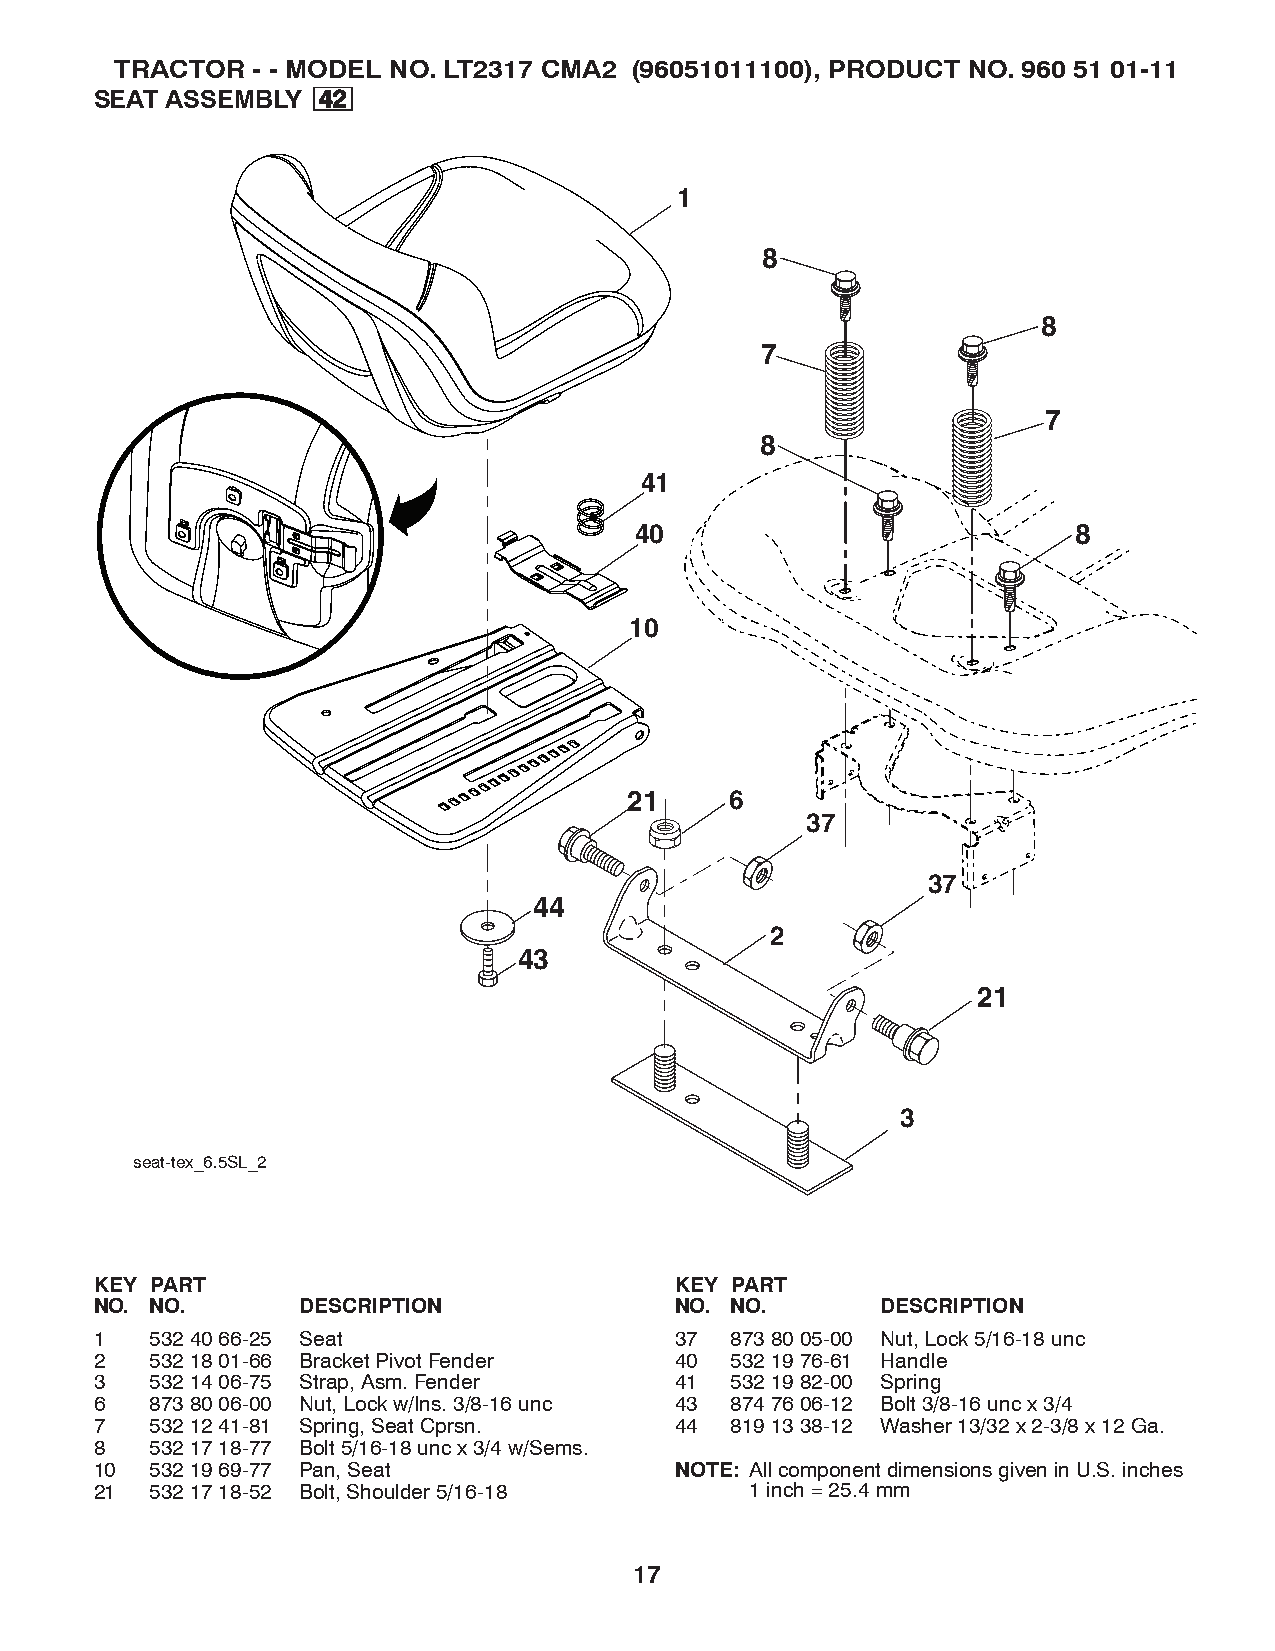
TRACTOR  - - MODEL NO. LT2317 CMA2 (96051011100), PRODUCT NO. 960 51 01-11
 SEAT ASSEMBLY  4422
 1
 8
 8
 7
 7
 8
 41
 40                           8
 10
 21    6
 37
 37
 44
 2
 43
 21
 3
 seat-tex_6.5SL_2
 KEY PART                               KEY PART
 NO. NO.       DESCRIPTION              NO. NO.      DESCRIPTION
 1   532 40 66-25 Seat                  37 873 80 05-00 Nut, Lock 5/16-18 unc
 2   532 18 01-66 Bracket Pivot Fender  40 532 19 76-61 Handle
 3   532 14 06-75 Strap, Asm. Fender    41 532 19 82-00 Spring
 6   873 80 06-00 Nut, Lock w/Ins. 3/8-16 unc 43 874 76 06-12 Bolt 3/8-16 unc x 3/4
 7   532 12 41-81 Spring, Seat Cprsn.   44 819 13 38-12 Washer 13/32 x 2-3/8 x 12 Ga.
 8   532 17 18-77 Bolt 5/16-18 unc x 3/4 w/Sems.
 10  532 19 69-77 Pan, Seat             NOTE: All component dimensions given in U.S. inches
 21  532 17 18-52 Bolt, Shoulder 5/16-18     1 inch = 25.4 mm
 17